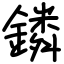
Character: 鏻